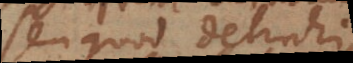
seu quod detrahi